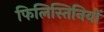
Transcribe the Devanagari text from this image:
फिलिस्तिनियों